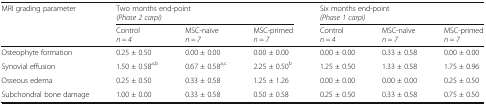
<table><thead><tr><td rowspan="2"><b>MRI grading parameter</b></td><td colspan="3"><b>Two months end-point<i>(Phase 2 carpi)</i></b></td><td colspan="3"><b>Six months end-point<i>(Phase 1 carpi)</i></b></td></tr><tr><td><b>Control<i>n = 4</i></b></td><td><b>MSC-naïve<i>n = 7</i></b></td><td><b>MSC-primed<i>n = 7</i></b></td><td><b>Control<i>n = 4</i></b></td><td><b>MSC-naïve<i>n = 7</i></b></td><td><b>MSC-primed<i>n = 7</i></b></td></tr></thead><tbody><tr><td>Osteophyte formation</td><td>0.25 ± 0.50</td><td>0.00 ± 0.00</td><td>0.00 ± 0.00</td><td>0.00 ± 0.00</td><td>0.33 ± 0.58</td><td>0.00 ± 0.00</td></tr><tr><td>Synovial effusion</td><td>1.50 ± 0.58<sup>a,b</sup></td><td>0.67 ± 0.58<sup>a,c</sup></td><td>2.25 ± 0.50<sup>b</sup></td><td>1.25 ± 0.50</td><td>1.33 ± 0.58</td><td>1.75 ± 0.96</td></tr><tr><td>Osseous edema</td><td>0.25 ± 0.50</td><td>0.33 ± 0.58</td><td>1.25 ± 1.26</td><td>0.00 ± 0.00</td><td>0.00 ± 0.00</td><td>0.25 ± 0.50</td></tr><tr><td>Subchondral bone damage</td><td>1.00 ± 0.00</td><td>0.33 ± 0.58</td><td>0.50 ± 0.58</td><td>0.25 ± 0.50</td><td>0.33 ± 0.58</td><td>0.75 ± 0.50</td></tr></tbody></table>